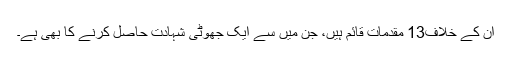
ان کے خلاف13 مقدمات قائم ہیں، جن میں سے ایک جھوٹی شہادت حاصل کرنے کا بھی ہے۔